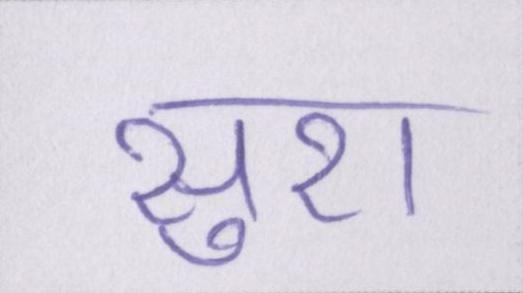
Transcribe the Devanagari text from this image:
सुरा